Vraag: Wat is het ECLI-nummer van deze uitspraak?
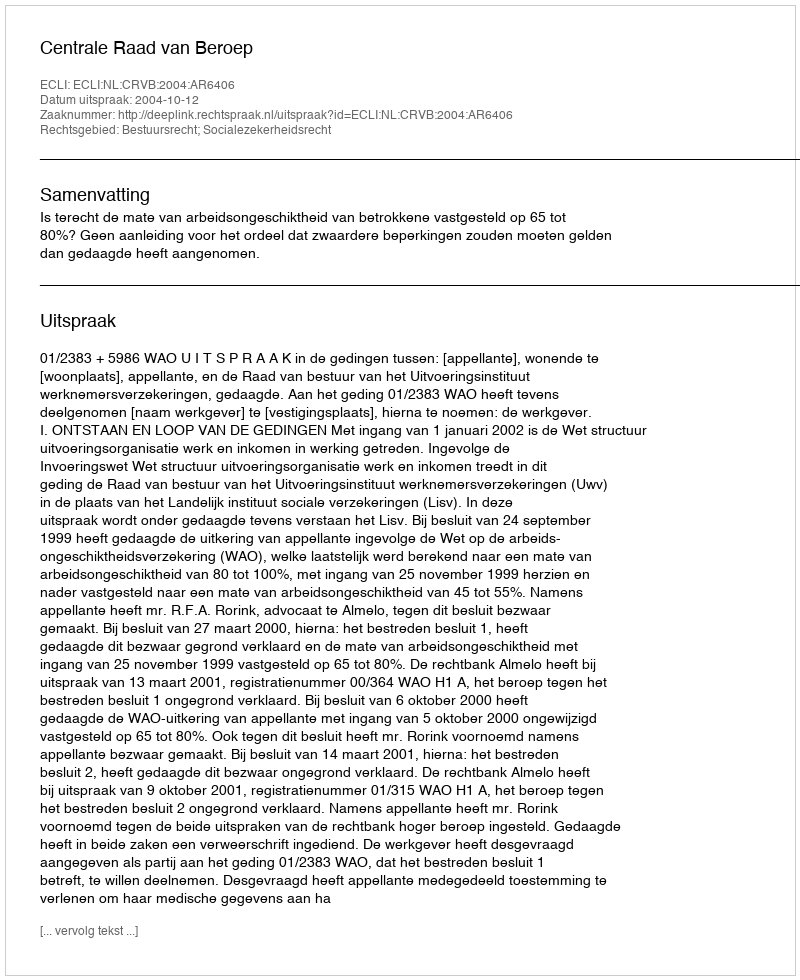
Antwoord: ECLI:NL:CRVB:2004:AR6406